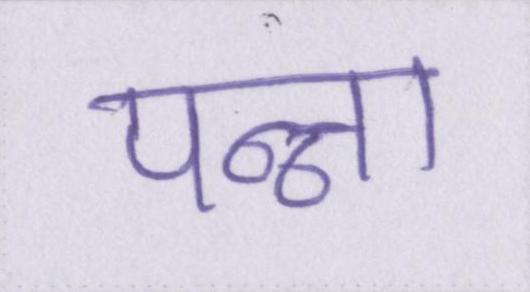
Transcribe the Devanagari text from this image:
पन्ना